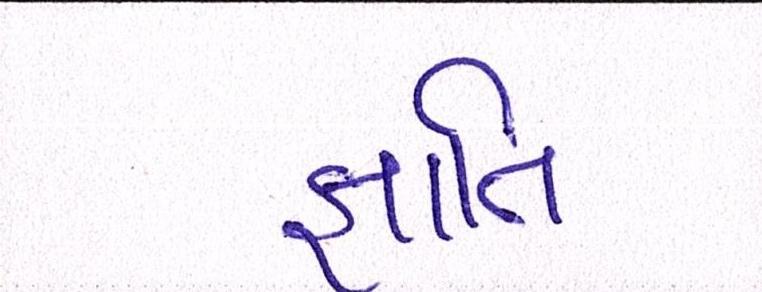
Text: જ્ઞાાતિ